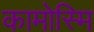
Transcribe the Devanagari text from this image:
कामोस्मि